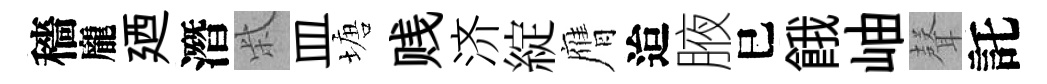
穡龐廼潛柴皿塘贱济綻膺迨腋巳餓岫𮋻託